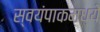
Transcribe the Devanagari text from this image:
स्वयंपाकमध्ये